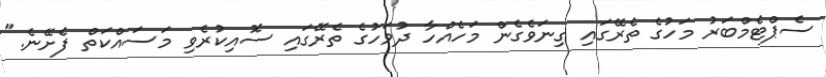
ސެޕްޓެމްބަރު މަހުގެ ތެރޭގައި ގިނަވެގެން މަހެއްހާ ދުވަހުގެ ތެރޭގައި ސޮއިކުރެވި މަސައްކަތް ފެށޭނެ."